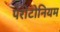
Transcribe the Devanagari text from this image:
पेरीटोनियम